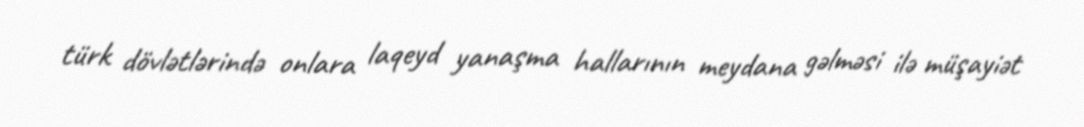
türk dövlətlərində onlara laqeyd yanaşma hallarının meydana gəlməsi ilə müşayiət